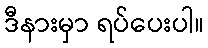
ဒီနားမှာ ရပ်ပေးပါ။